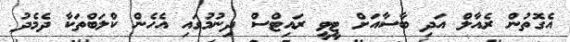
އެގޮތުން ރެއާލް އަދި ބާސާއަށް ޓީވީ ރައިޓްސް ދިނުމުގައި އެހެން ކްލަބްތަކާ ދެމެދު